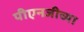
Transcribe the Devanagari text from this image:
पीएनजीच्या